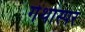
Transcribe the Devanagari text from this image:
गेथास्पर